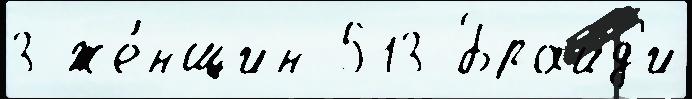
3 же́нщин 513 Брайд'и